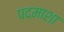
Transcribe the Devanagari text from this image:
पदमाशा